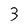
Character: 3